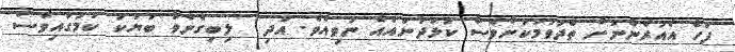
ފަހެ އެއުރެންނަށް ތެދުވުމަކަށްވެސް ކުޅަދާނައެއް ނުވިއެވެ. އަދި  ލިބިގެންވާ ބަޔަކު ކަމުގައިވެސް